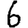
Digit: 6